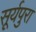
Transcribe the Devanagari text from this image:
सूर्यपुरा